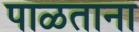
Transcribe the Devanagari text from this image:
पाळताना